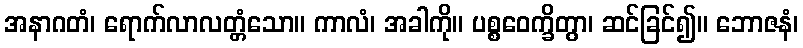
အနာဂတံ၊ ရောက်လာလတ္တံသော။ ကာလံ၊ အခါကို။ ပစ္စဝေက္ခိတွာ၊ ဆင်ခြင်၍။ ဘောဇနံ၊